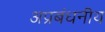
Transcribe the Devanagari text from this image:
अप्रबंधनीय